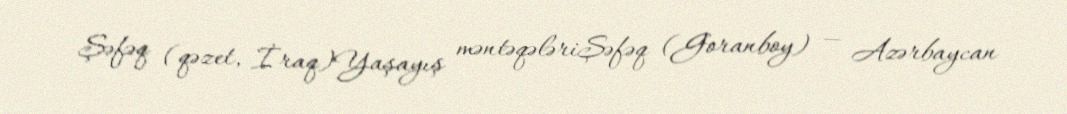
Şəfəq (qəzet, İraq)Yaşayış məntəqələriŞəfəq (Goranboy) — Azərbaycan